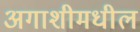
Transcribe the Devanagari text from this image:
अगाशीमधील